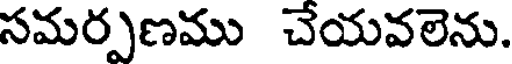
సమర్పణము చేయవలెను.